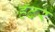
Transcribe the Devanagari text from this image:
हॅटर